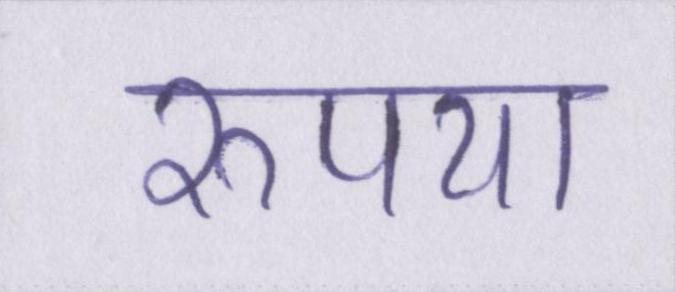
रुपया